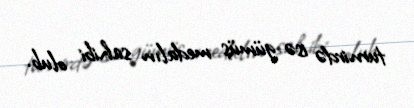
turnirdə isə gümüş medalın sahibi olub.